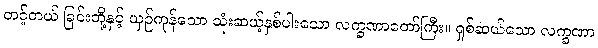
တင့်တယ် ခြင်းတို့နှင့် ယှဉ်ကုန်သော သုံးဆယ့်နှစ်ပါးသော လက္ခဏာတော်ကြီး။ ရှစ်ဆယ်သော လက္ခဏာ